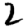
Digit: 2